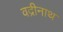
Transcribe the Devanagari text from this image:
वद्रीनाथ